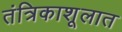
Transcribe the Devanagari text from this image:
तंत्रिकाशूलात